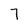
Character: 7